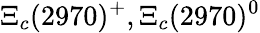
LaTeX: \Xi_{c}(2970)^{+},\Xi_{c}(2970)^{0}